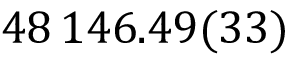
4 8 \, 1 4 6 . 4 9 ( 3 3 )